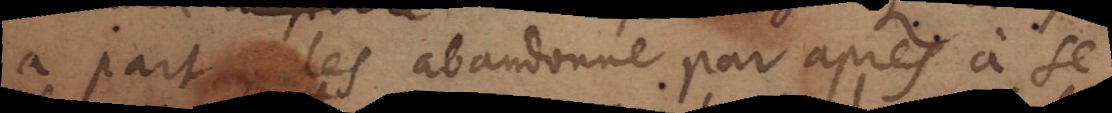
a part, les abandonne pour après à se